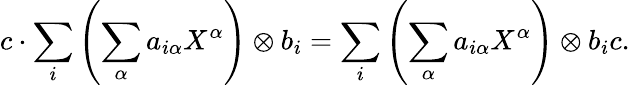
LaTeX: c\cdot\sum_{i}\left(\sum_{\alpha}a_{i\alpha}X^{\alpha}\right)\otimes b_{i}=\sum_{i}\left(\sum_{\alpha}a_{i\alpha}X^{\alpha}\right)\otimes b_{i}c.